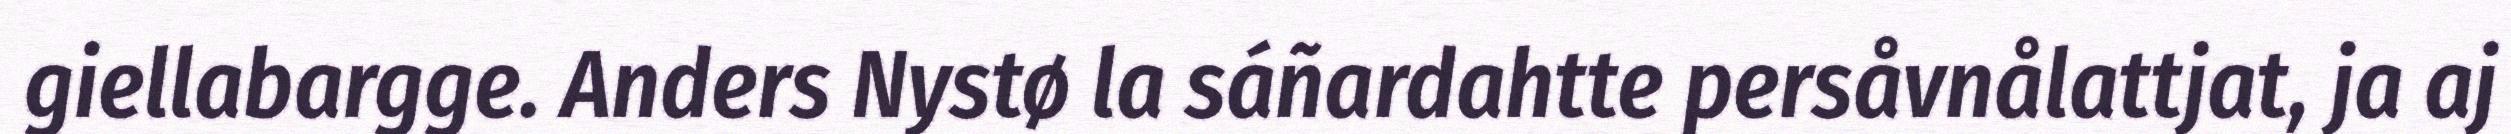
giellabargge. Anders Nystø la sáñardahtte persåvnålattjat, ja aj